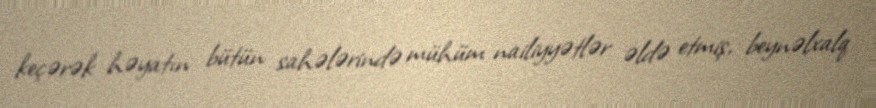
keçərək həyatın bütün sahələrində mühüm nailiyyətlər əldə etmiş, beynəlxalq